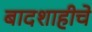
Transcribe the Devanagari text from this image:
बादशाहीचे